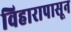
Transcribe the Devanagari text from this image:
विहारापासून